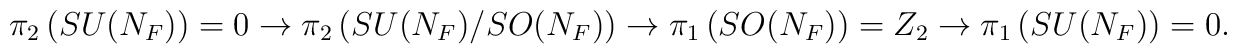
\pi_2\left( SU({N_F})\right) = 0 \rightarrow \pi_2\left(SU({N_F})/SO({N_F})\right)\rightarrow\pi_1\left( SO({N_F})\right) = Z_2 \rightarrow\pi_1\left( SU({N_F})\right) = 0 .